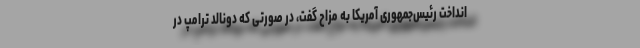
انداخت رئیس‌جمهوری آمریکا به مزاح گفت، در صورتی که دونالد ترامپ در